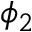
\phi _ { 2 }